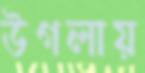
উগলায়